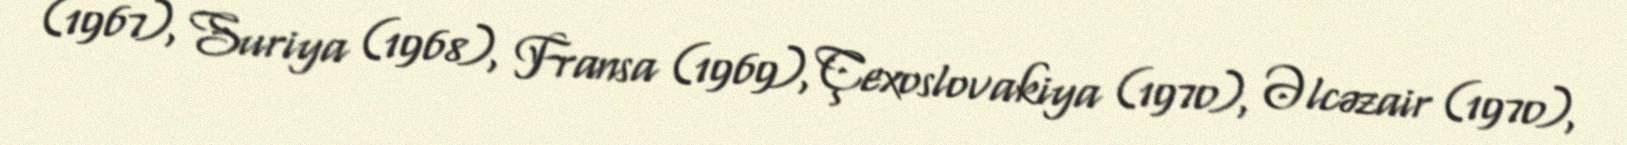
(1967), Suriya (1968), Fransa (1969), Çexoslovakiya (1970), Əlcəzair (1970),